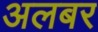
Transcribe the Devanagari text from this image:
अलबर